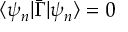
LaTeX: \langle \psi _ { n } | \bar { \Gamma } | \psi _ { n } \rangle = 0